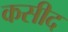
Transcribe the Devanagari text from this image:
कसीद